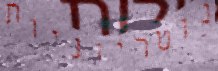
נוטריוניות